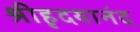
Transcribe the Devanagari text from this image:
श्रीहृदयानंद